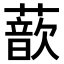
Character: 𫉮